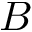
B